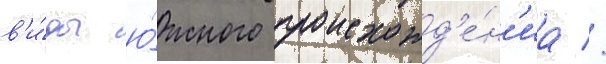
в'и́ды ю́жного происхожд'е́н'иа //